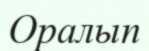
Оралып